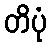
တိပုံ